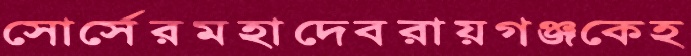
সোর্সেরমহাদেবরায়গঞ্জকেহ